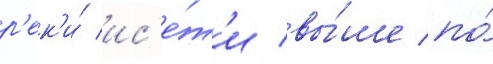
р'ек'и́ ис'е́т'и вы́ше по́